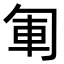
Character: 𠣞